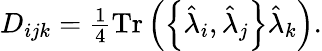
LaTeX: \begin{array}{r}{D_{ijk}=\frac{1}{4}\mathrm{Tr}\left(\left\{ \hat{\lambda}_{i},\hat{\lambda}_{j}\right\} \hat{\lambda}_{k}\right).}\end{array}